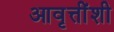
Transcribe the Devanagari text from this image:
आवृत्तींशी